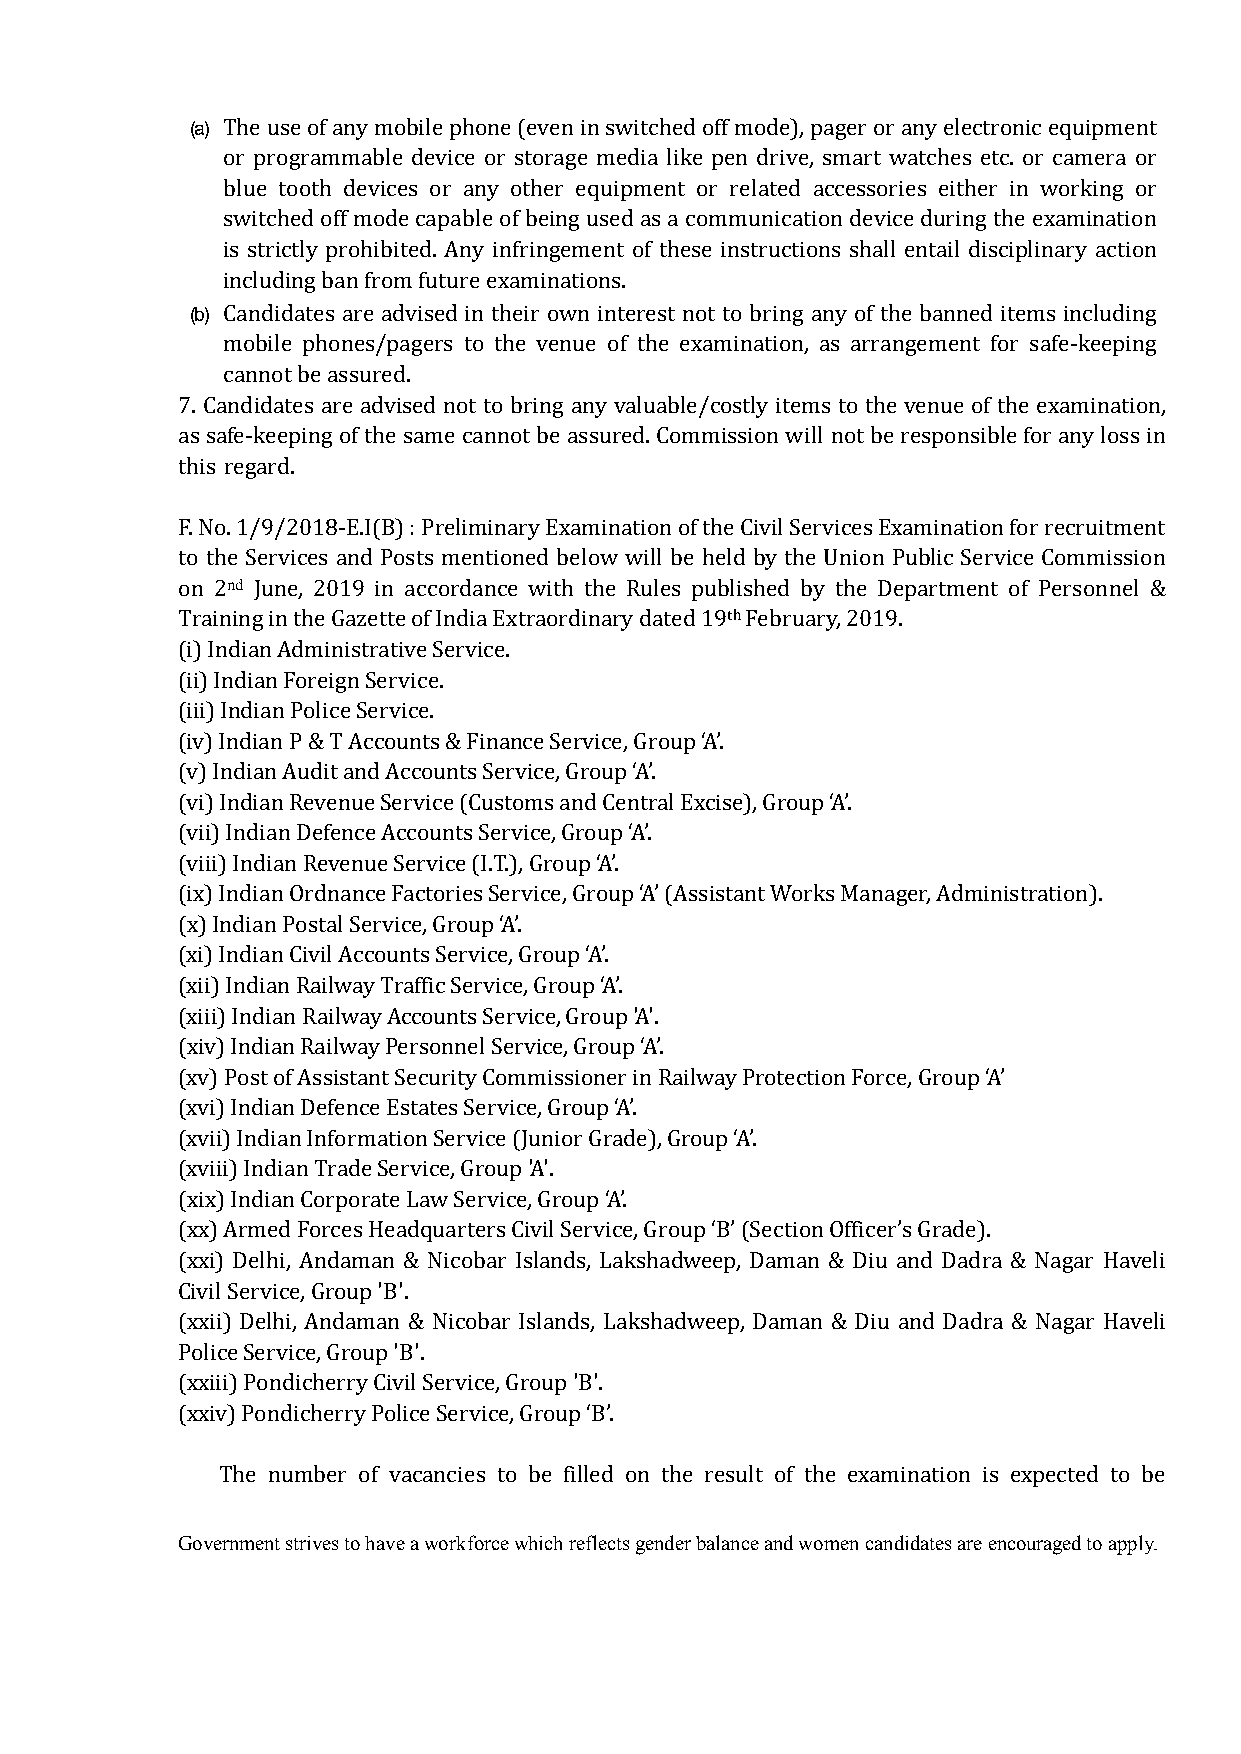
(a)
 The use of any mobile phone (even in switched off mode), pager or any electronic equipment
 or programmable device or storage media like pen drive, smart watches etc. or camera or
 blue tooth devices or any other equipment or related accessories either in working or
 switched off mode capable of being used as a communication device during the examination
 is strictly prohibited. Any infringement of these instructions shall entail disciplinary action
 (b)
 including ban from future examinations.
 Candidates are advised in their own interest not to bring any of the banned items including
 mobile phones/pagers to the venue of the examination, as arrangement for safe-keeping
 cannot be assured.
 7. Candidates are advised not to bring any valuable/costly items to the venue of the examination,
 as safe-keeping of the same cannot be assured. Commission will not be responsible for any loss in
 this regard.
 F. No. 1/9/2018-E.I(B) : Preliminary Examination of the Civil Services Examination for recruitment
 to the Services and Posts mentioned below will be held by the Union Public Service Commission
 nd
 on 2 June, 2019 in accordance with the Rules published by the Department of Personnel &
 th
 Training in the Gazette of India Extraordinary dated 19 February, 2019.
 (i) Indian Administrative Service.
 (ii) Indian Foreign Service.
 (iii) Indian Police Service.
 (iv) Indian P & T Accounts & Finance Service, Group ‘A’.
 (v) Indian Audit and Accounts Service, Group ‘A’.
 (vi) Indian Revenue Service (Customs and Central Excise), Group ‘A’.
 (vii) Indian Defence Accounts Service, Group ‘A’.
 (viii) Indian Revenue Service (I.T.), Group ‘A’.
 (ix) Indian Ordnance Factories Service, Group ‘A’ (Assistant Works Manager, Administration).
 (x) Indian Postal Service, Group ‘A’.
 (xi) Indian Civil Accounts Service, Group ‘A’.
 (xii) Indian Railway Traffic Service, Group ‘A’.
 (xiii) Indian Railway Accounts Service, Group 'A'.
 (xiv) Indian Railway Personnel Service, Group ‘A’.
 (xv) Post of Assistant Security Commissioner in Railway Protection Force, Group ‘A’
 (xvi) Indian Defence Estates Service, Group ‘A’.
 (xvii) Indian Information Service (Junior Grade), Group ‘A’.
 (xviii) Indian Trade Service, Group 'A'.
 (xix) Indian Corporate Law Service, Group ‘A’.
 (xx) Armed Forces Headquarters Civil Service, Group ‘B’ (Section Officer’s Grade).
 (xxi) Delhi, Andaman & Nicobar Islands, Lakshadweep, Daman & Diu and Dadra & Nagar Haveli
 Civil Service, Group 'B'.
 (xxii) Delhi, Andaman & Nicobar Islands, Lakshadweep, Daman & Diu and Dadra & Nagar Haveli
 Police Service, Group 'B'.
 (xxiii) Pondicherry Civil Service, Group 'B'.
 (xxiv) Pondicherry Police Service, Group ‘B’.
 The number of vacancies to be filled on the result of the examination is expected to be
 Government strives to have a workforce which reflects gender balance and women candidates are encouraged to apply.